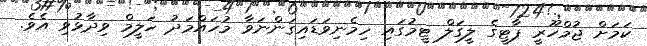
ކަމަށް ޖުމްހޫރީ ޕާޓީގެ ލީގަލް ޓީމުގައި ހިމެނިވަޑައިގަންނަވާ މުހައްމަދު ހަލީމް ވިދާޅުވި އެވެ.